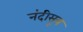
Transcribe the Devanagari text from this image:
नंदीसूत्र